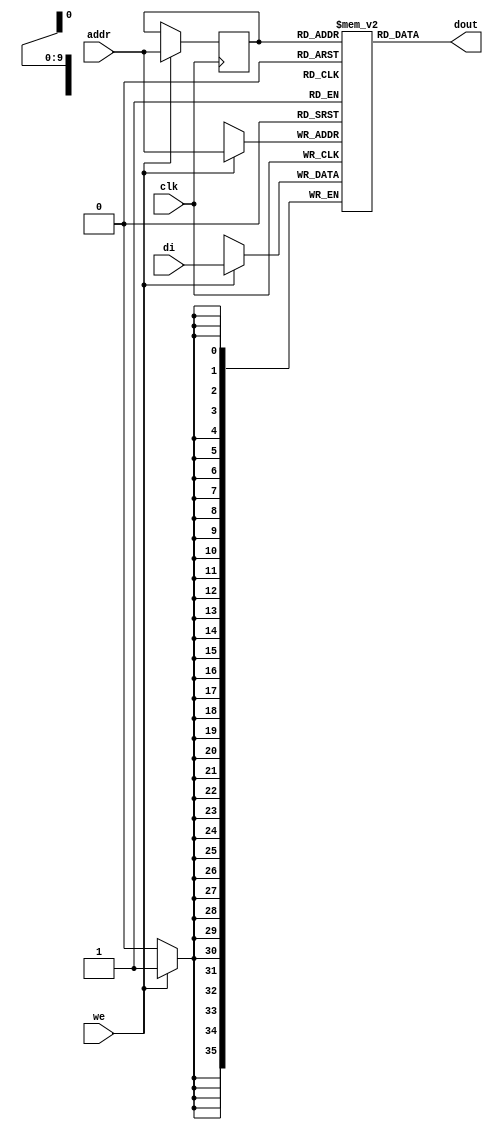

module rams_sp_reg_addr_1024x36 (clk, we, addr, di, dout);
input clk;
input we;
input [9:0] addr;
input [35:0] di;
output [35:0] dout;

reg [9:0] addr_reg=0;
reg [35:0] RAM [1023:0];
// reg [31:0] dout;

always @(posedge clk)
    begin
        if (we)
        begin
            RAM[addr] <= di;
            addr_reg <= addr;
        end
    end


assign dout = RAM[addr_reg]; // read with registered addr
endmodule